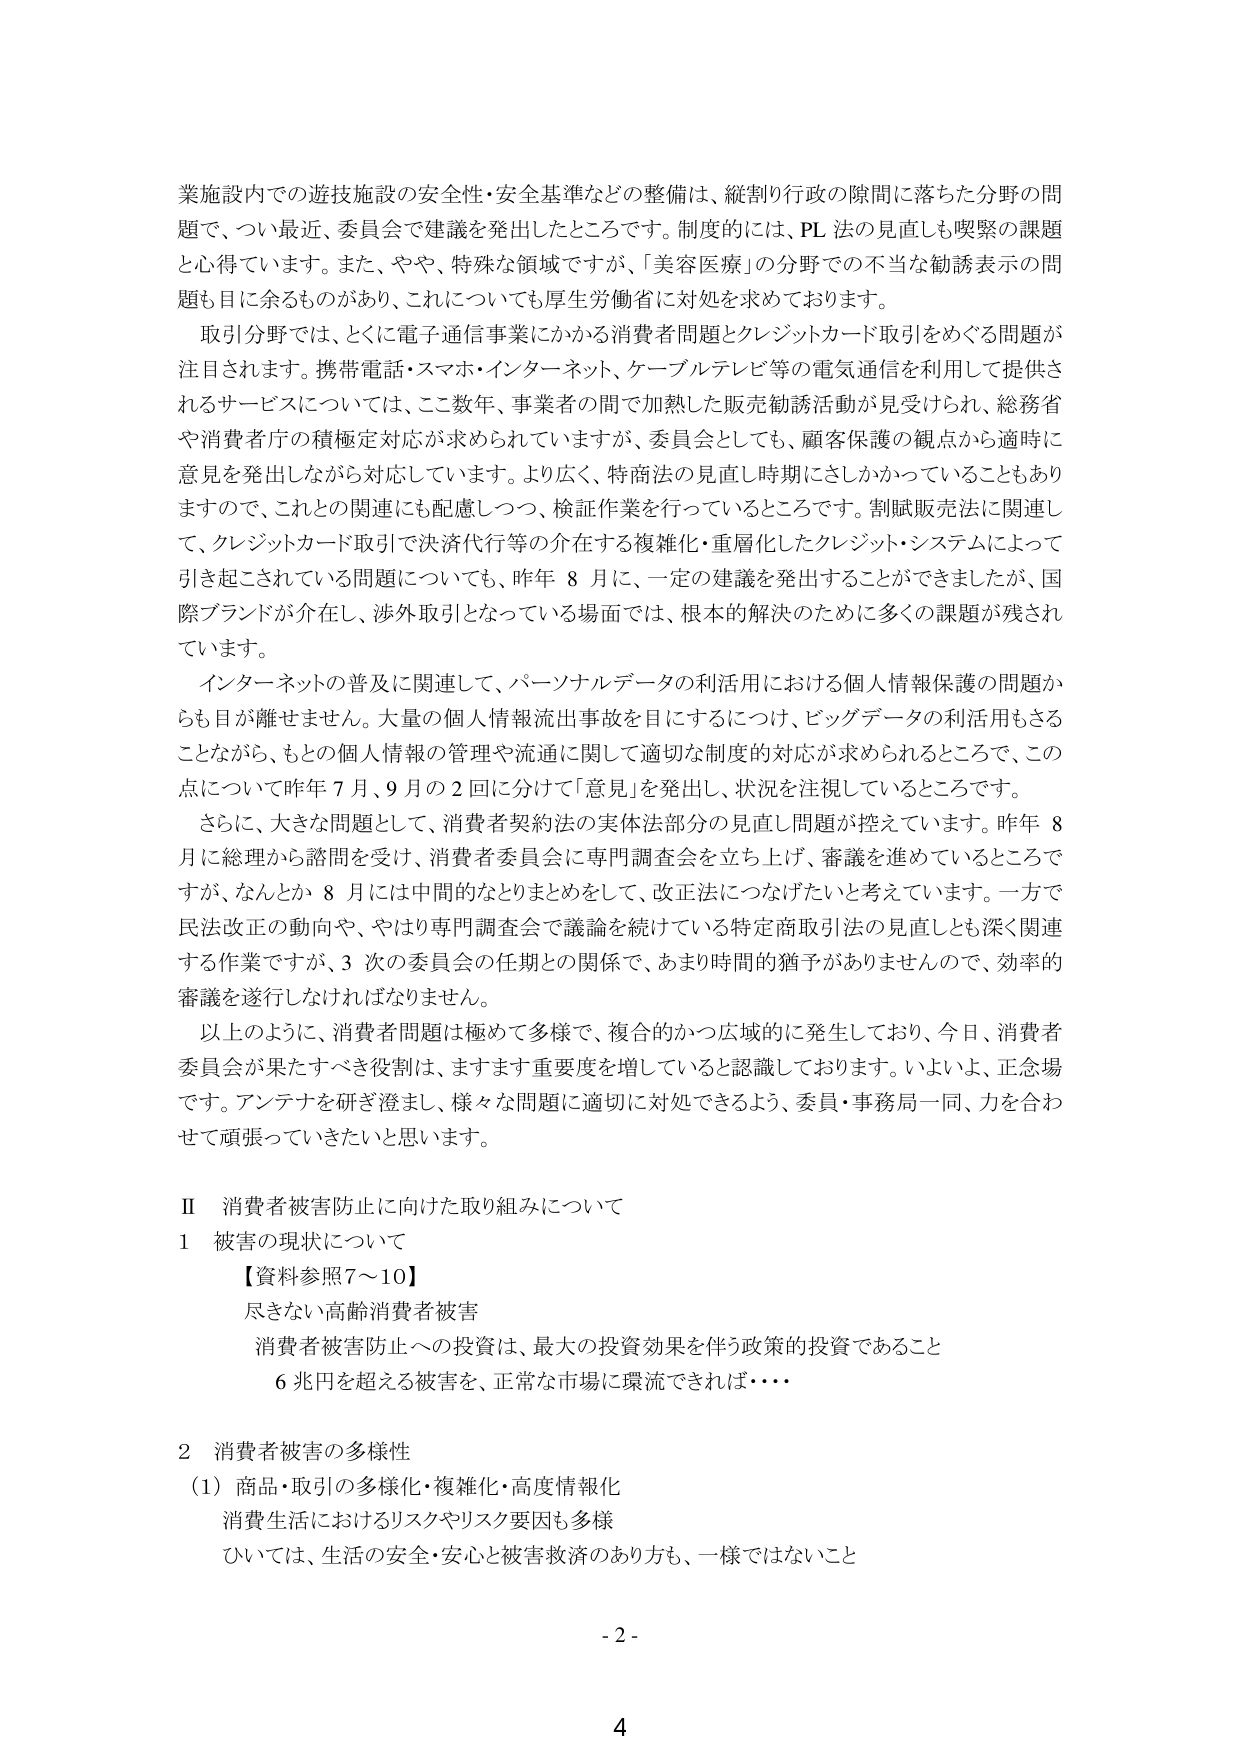
業施設内での遊技施設の安全性・安全基準などの整備は、縦割り行政の隙間に落ちた分野の問題で、つい最近、委員会で建議を発出したところです。制度的には、PL 法の見直しも喫緊の課題と心得ています。また、やや、特殊な領域ですが、「美容医療」の分野での不当な勧誘表示の問題も目に余るものがあり、これについても厚生労働省に対処を求めております。

取引分野では、とくに電子通信事業にかかる消費者問題とクレジットカード取引をめぐる問題が注目されます。携帯電話・スマホ・インターネット、ケーブルテレビ等の電気通信を利用して提供されるサービスについては、ここ数年、事業者の間で加熱した販売勧誘活動が見受けられ、総務省や消費者庁の積極的対応が求められていますが、委員会としても、顧客保護の観点から適時に意見を発出しながら対応しています。より広く、特商法の見直し時期にさしかかっていることもありまして、これの関連にも配慮しつつ、検証作業を行っているところです。割賦販売法に関連して、クレジットカード取引で決済代行等の介在する複雑化・重層化したクレジット・システムによって引き起こされている問題についても、昨年 8 月に、一定の建議を発出することができましたが、国際ブランドが介在し、渉外取引となっている場面では、根本的解決のために多くの課題が残されています。

インターネットの普及に関連して、パーソナルデータの利活用における個人情報保護の問題からも目が離せません。大量の個人情報流出事故を目にするにつけ、ビッグデータの利活用もさることながら、もとの個人情報の管理や流通に関して適切な制度的対応が求められるところで、この点について昨年 7 月、9 月の 2 回に分けて「意見」を発出し、状況を注視しているところです。

さらに、大きな問題として、消費者契約法の実体法部分の見直し問題が控えています。昨年 8 月に総理から諮問を受け、消費者委員会に専門調査会を立ち上げ、審議を進めているところですが、なんとか 8 月には中間的なとりまとめをして、改正法につなげたいと考えています。一方で民法改正の動向や、やはり専門調査会で議論を続けている特定商取引法の見直しとも深く関連する作業ですが、3 次の委員会の任期との関係で、あまり時間的猶予がありませんので、効率的審議を遂行しなければなりません。

以上のように、消費者問題は極めて多様で、複合的かつ広域的に発生しており、今日、消費者委員会が果たすべき役割は、ますます重要度を増していると認識しております。いよいよ、正念場です。アンテナを研ぎ澄まし、様々な問題に適切に対処できるよう、委員・事務局一同、力を合わせて頑張っていきたいと思います。

Ⅱ 消費者被害防止に向けた取り組みについて

1 被害の現状について

【資料参照7～10】

尽きない高齢消費者被害

消費者被害防止への投資は、最大の投資効果を伴う政策的投資であること

6 兆円を超える被害を、正常な市場に環流できれば・・・・

2 消費者被害の多様性

（1）商品・取引の多様化・複雑化・高度情報化

消費生活におけるリスクやリスク要因も多様

ひいては、生活の安全・安心と被害救済のあり方も、一様ではないこと

- 2 -

4